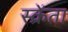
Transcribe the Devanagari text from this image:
स्क्रेंता